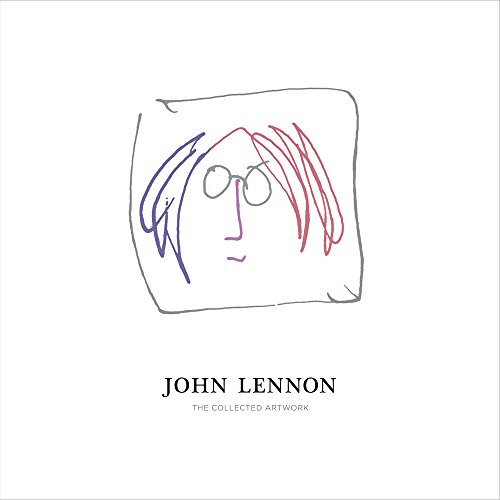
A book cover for John Lennon: The Collected Artwork; Scott Gutterman; Arts & Photography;